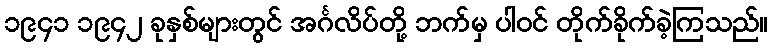
၁၉၄၁ ၁၉၄၂ ခုနှစ်များတွင် အင်္ဂလိပ်တို့ ဘက်မှ ပါဝင် တိုက်ခိုက်ခဲ့ကြသည်။